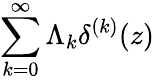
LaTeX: \sum_{k=0}^{\infty}\Lambda_{k}\delta^{(k)}(z)